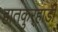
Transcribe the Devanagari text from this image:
हातकुर्‍हाडी